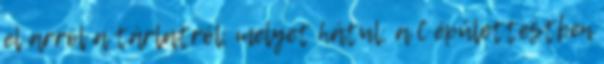
el arról a tárlatról, melyet hátul, a C épülettestben